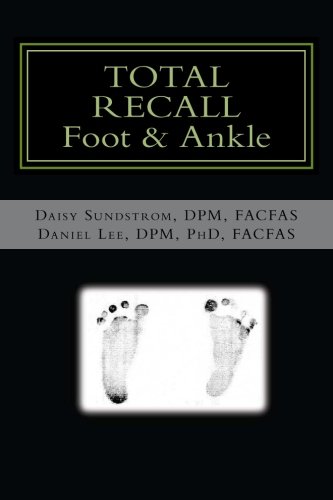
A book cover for Total Recall; Total Recall; Medical Books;